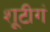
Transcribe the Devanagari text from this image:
शूटीगं